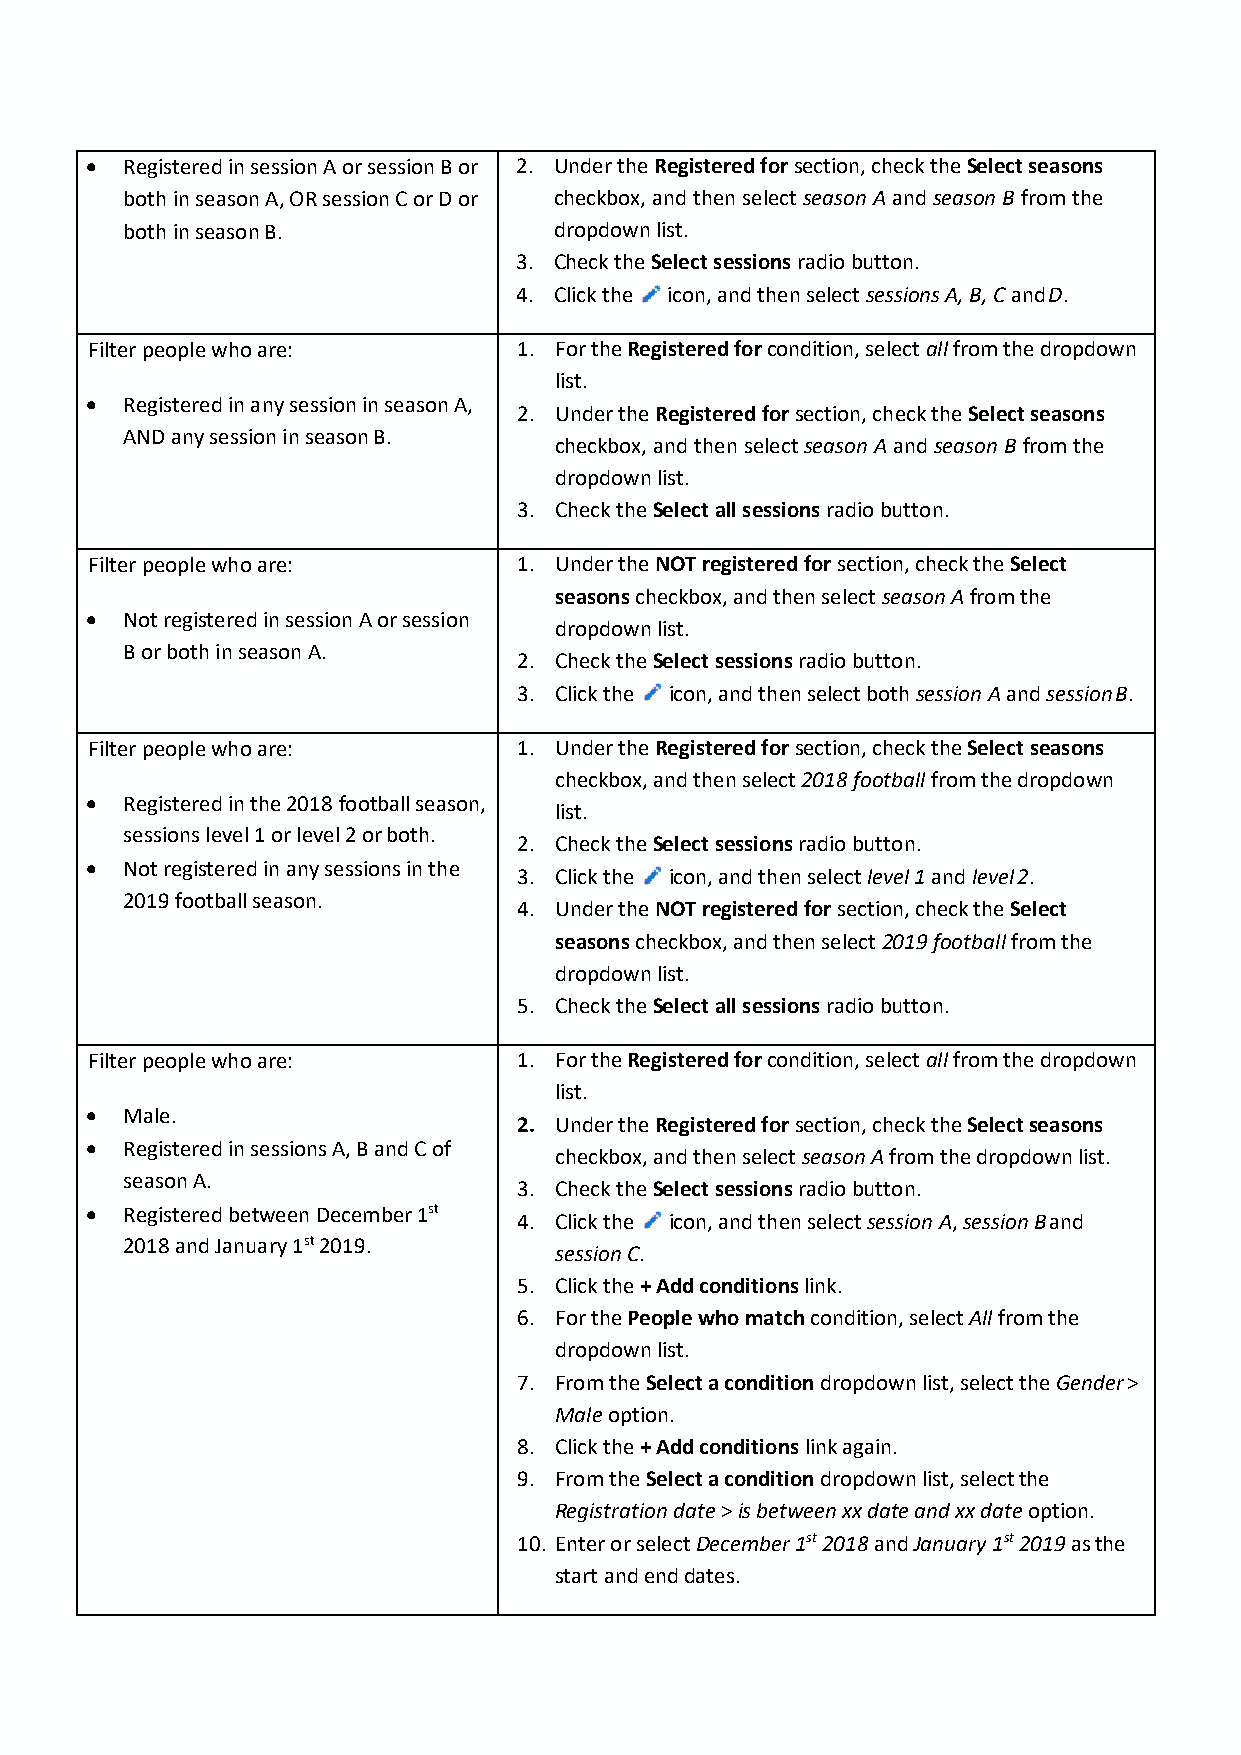
• Registered in session A or session B or 2. Under the Registered for section, check the Select seasons
 both in season A, OR session C or D or checkbox, and then select season A and season B from the
 both in season B.            dropdown list.
 3. Check the Select sessions radio button.
 4. Click the icon, and then select sessions A, B, C and D.
 Filter people who are:      1. For the Registered for condition, select all from the dropdown
 list.
 • Registered in any session in season A,
 2. Under the Registered for section, check the Select seasons
 AND any session in season B.
 checkbox, and then select season A and season B from the
 dropdown list.
 3. Check the Select all sessions radio button.
 Filter people who are:      1. Under the NOT registered for section, check the Select
 seasons checkbox, and then select season A from the
 • Not registered in session A or session
 dropdown list.
 B or both in season A.
 2. Check the Select sessions radio button.
 3. Click the icon, and then select both session A and session B.
 Filter people who are:      1. Under the Registered for section, check the Select seasons
 checkbox, and then select 2018 football from the dropdown
 • Registered in the 2018 football season,
 list.
 sessions level 1 or level 2 or both.
 2. Check the Select sessions radio button.
 • Not registered in any sessions in the
 3. Click the icon, and then select level 1 and level 2.
 2019 football season.
 4. Under the NOT registered for section, check the Select
 seasons checkbox, and then select 2019 football from the
 dropdown list.
 5. Check the Select all sessions radio button.
 Filter people who are:      1. For the Registered for condition, select all from the dropdown
 list.
 • Male.
 2. Under the Registered for section, check the Select seasons
 • Registered in sessions A, B and C of
 checkbox, and then select season A from the dropdown list.
 season A.
 3. Check the Select sessions radio button.
 • Registered between December 1st
 4. Click the icon, and then select session A, session B and
 2018 and January 1st 2019.
 session C.
 5. Click the + Add conditions link.
 6. For the People who match condition, select All from the
 dropdown list.
 7. From the Select a condition dropdown list, select the Gender >
 Male option.
 8. Click the + Add conditions link again.
 9. From the Select a condition dropdown list, select the
 Registration date > is between xx date and xx date option.
 10. Enter or select December 1st 2018 and January 1st 2019 as the
 start and end dates.